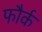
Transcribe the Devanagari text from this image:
फौर्क